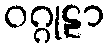
ဝဂ္ဂုဠာ